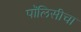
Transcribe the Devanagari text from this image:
पॉलिसीचा